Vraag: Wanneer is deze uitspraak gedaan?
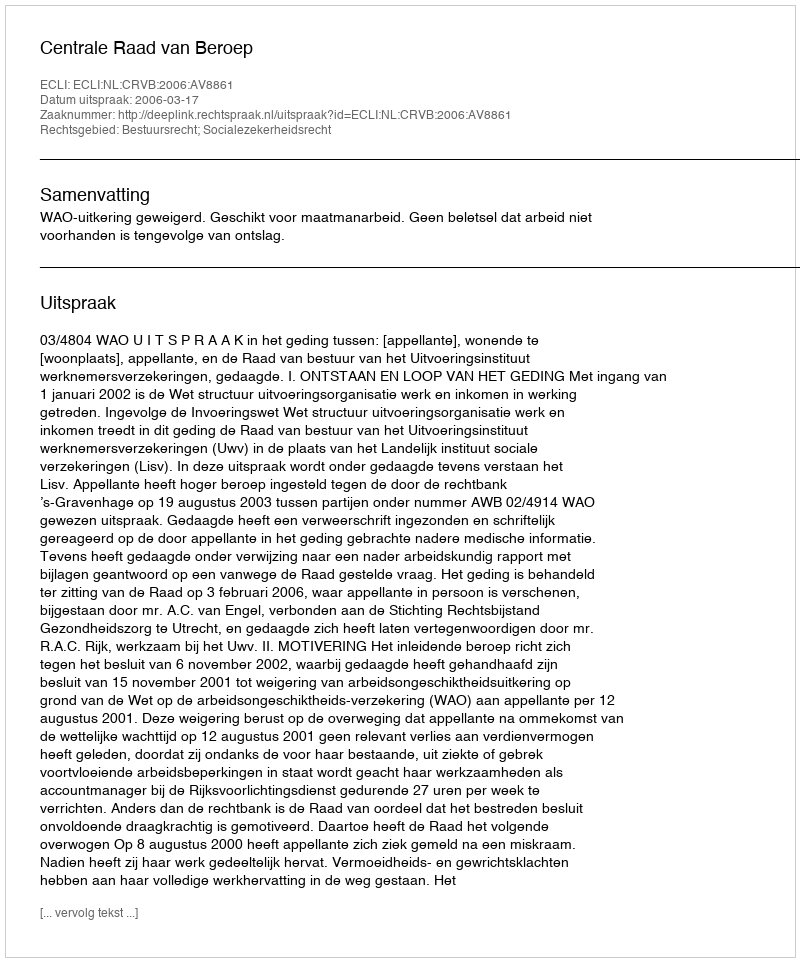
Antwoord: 2006-03-17